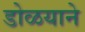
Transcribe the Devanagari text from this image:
डोळयाने